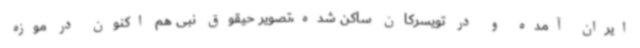
ایران آمده و در تویسرکان ساکن شده،تصویر حیقوق نبی هم‌ اکنون در موزه